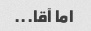
اما آقا...